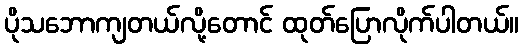
ပိုသဘောကျတယ်လို့တောင် ထုတ်ပြောလိုက်ပါတယ်။